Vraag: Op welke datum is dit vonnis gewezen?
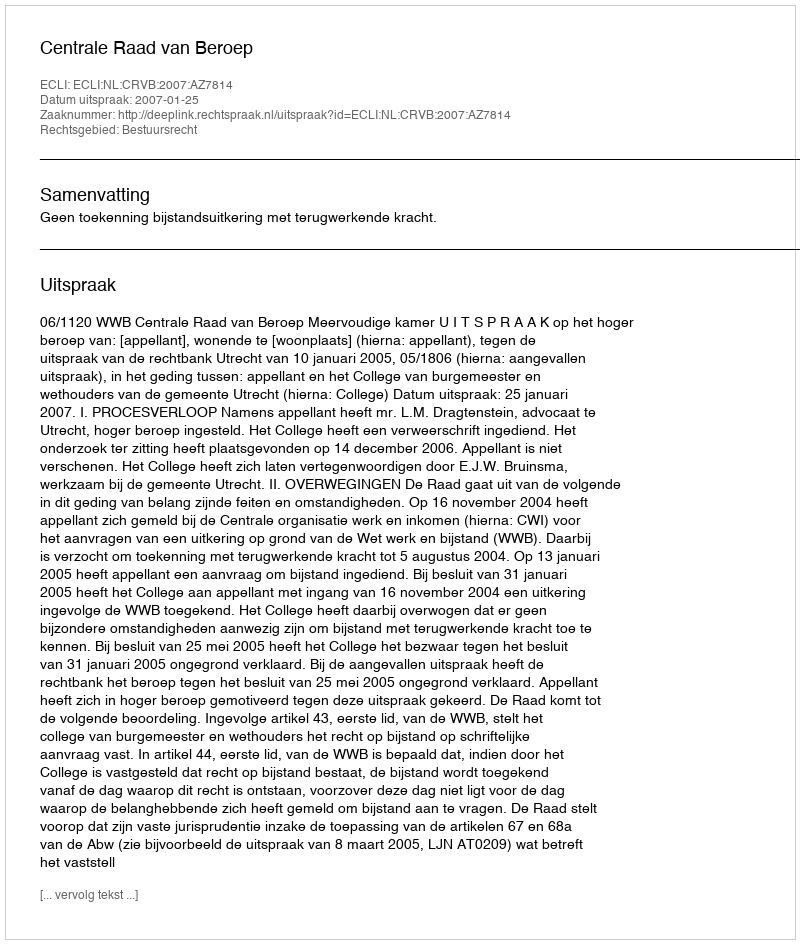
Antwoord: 2007-01-25